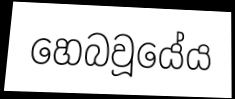
හෙබවූයේය